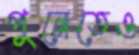
পুনেতেও